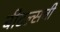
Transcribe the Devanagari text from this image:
बीटल्सची